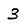
Character: 3